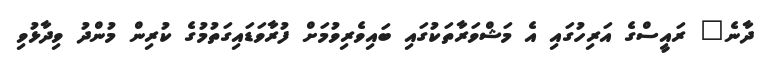
ދާނެ" ރައީސްގެ އަރިހުގައި އެ މަޝްވަރާތަކުގައި ބައިވެރިވުމަށް ފުރާވަޑައިގަތުމުގެ ކުރިން މުންދު ވިދާޅުވި